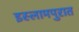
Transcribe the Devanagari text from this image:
इस्लामपुरात